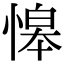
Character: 𢡋